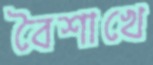
বৈশাখে